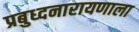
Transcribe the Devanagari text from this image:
प्रबुध्दनारायणाला